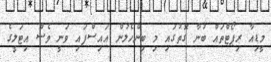
މީޑިއާ ރިޕޯޓްތައް ބުނާ ގޮތުގައި މި ބިންހެލުން އައިސްފައި ވަނީ ވެސް އިޓަލީގެ